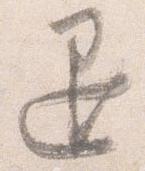
退